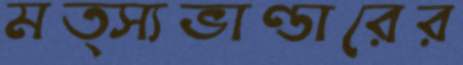
মত্স্যভাণ্ডারের